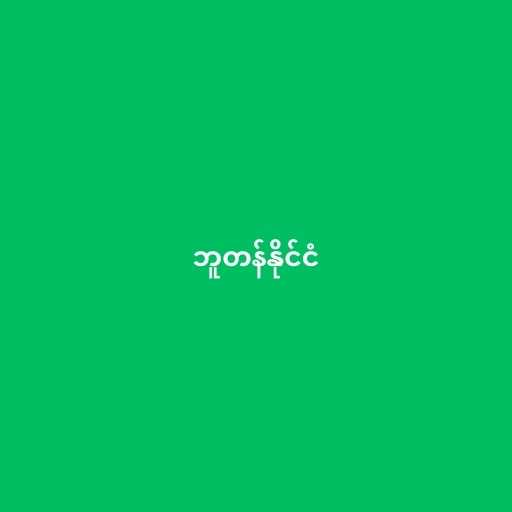
ဘူတန်နိုင်ငံ